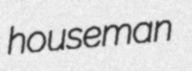
houseman